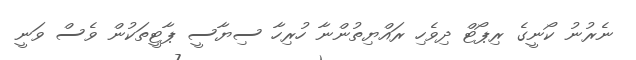
ނެރުނު ކޯނީގެ ރިޕޯޓް ދިވެހި ރައްޔިތުންނާ ހުރިހާ ސިޔާސީ ޕާޓީތަކުން ވެސް ވަނީ